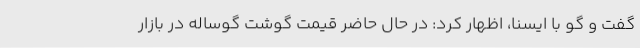
گفت و گو با ایسنا، اظهار کرد: در حال حاضر قیمت گوشت گوساله در بازار